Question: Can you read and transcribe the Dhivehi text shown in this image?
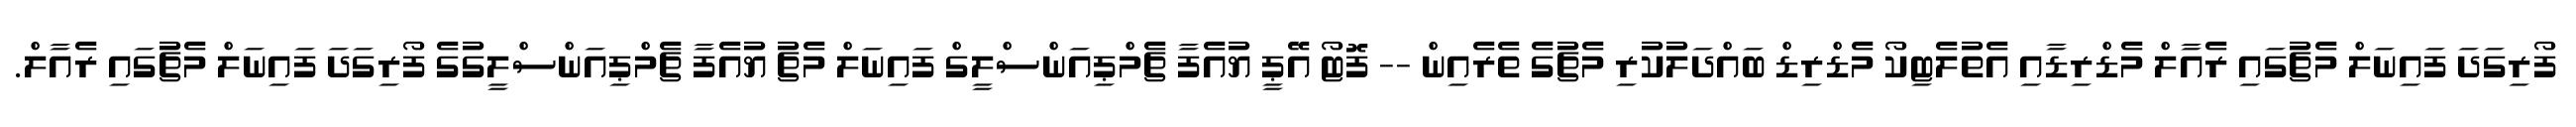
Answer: ފޯރިގަދަ ފައިނަލް މެޗުގައި ރެއާލް މެޑްރިޑާއި އެތުލެޓިކޯ މެޑްރިޑް ބައްދަލުކުރި މެޗުގެ ތެރެއިން -- ފޮޓޯ އޭޕީ ޔުއެފާ ޗެމްޕިއަންސްލީގް ފައިނަލް މެޗު ޔުއެފާ ޗެމްޕިއަންސްލީގުގެ ފޯރިގަދަ ފައިނަލް މެޗުގައި ރެއާލް.